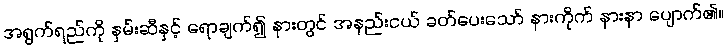
အရွက်ရည်ကို နှမ်းဆီနှင့် ရောချက်၍ နားတွင် အနည်းငယ် ခတ်ပေးသော် နားကိုက် နားနာ ပျောက်၏။